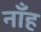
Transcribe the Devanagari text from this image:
नाँह